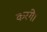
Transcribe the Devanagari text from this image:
करंगे।